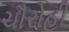
ચૌરોહી